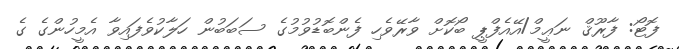
ފޮޓޯ: ފާރޫޤް ނަޢީމް/އޭއެފްޕީ ބޯކޮށް ވާރޭވެހި ފެންބޮޑުވުމުގެ ސަބަބުން ހަލާކުވެފައިވާ އެމީހުންގެ ގެ